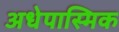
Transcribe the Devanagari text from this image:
अधेपास्मिक